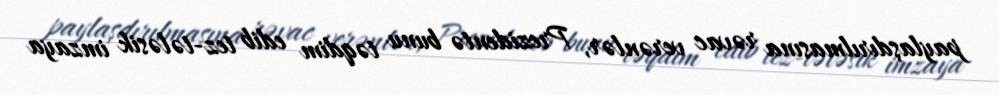
paylaşdırılmasına rəvac verənlər, Prezidentə bunu təqdim edib tez-tələsik imzaya